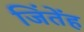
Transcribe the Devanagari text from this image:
जिंतेंह